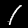
Label: 1